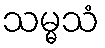
သမ္မသံ